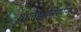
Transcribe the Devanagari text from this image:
बालयोनिशोथ